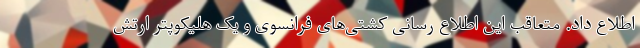
اطلاع داد. متعاقب این اطلاع رسانی کشتی‌های فرانسوی و یک هلیکوپتر ارتش